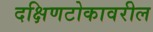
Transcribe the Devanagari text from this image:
दक्षिणटोकावरील